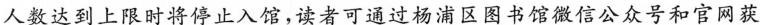
人数达到上限时将停止入馆，读者可通过杨浦区图书馆微信公众号和官网获